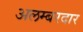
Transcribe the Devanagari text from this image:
अलम्बरदार